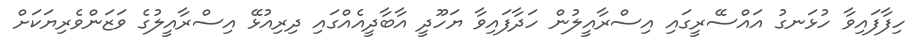
ހިފާފައިވާ ހުޅަނގު އައްސޭރީގައި އިސްރާއީލުން ހަދާފައިވާ ޔަހޫދީ އާބާދީއެއްގައި ދިރިއުޅޭ އިސްރާއީލުގެ ވަޒަންވެރިޔަކަށް